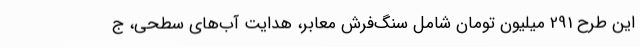
این طرح 291 میلیون تومان شامل سنگ‌فرش معابر، هدایت آب‌های سطحی، ج